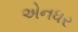
એનધર